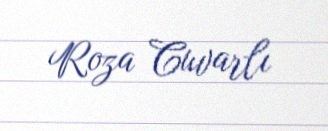
Roza Cuvarlı